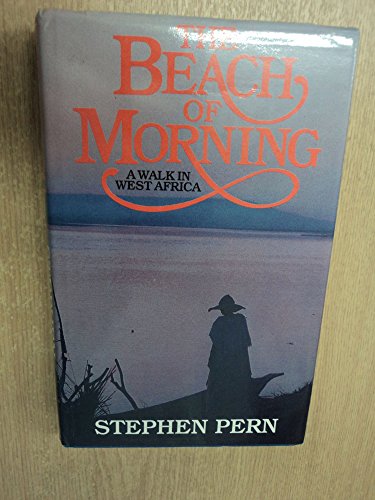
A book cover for Beach of Morning; Stephen Pern; Travel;